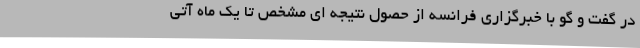
در گفت و گو با خبرگزاری فرانسه از حصول نتیجه ای مشخص تا یک ماه آتی